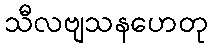
သီလဗျသနဟေတု